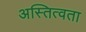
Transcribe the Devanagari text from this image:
अस्तित्वता